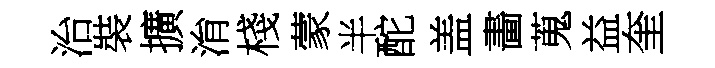
治裝擴㳙棧蒙半酡盖畵蒐益奎